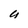
Character: g